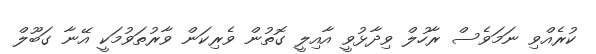
ކުރެއްވި ނަމަވެސް ރާހުލް ވިދާޅުވީ އާއިލީ ގޮތުން ވެރިކަން ވާރުތަވުމަކީ އޭނާ ގަބޫލް